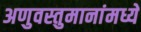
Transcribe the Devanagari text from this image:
अणुवस्तुमानांमध्ये